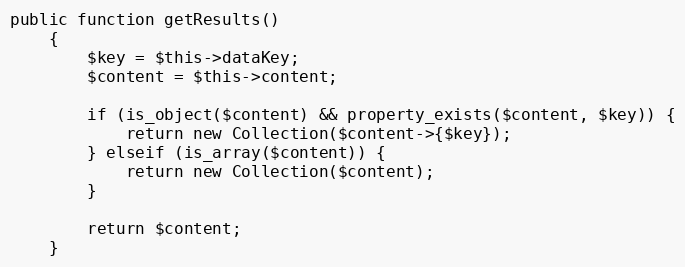
Language: PHP
public function getResults()
    {
        $key = $this->dataKey;
        $content = $this->content;

        if (is_object($content) && property_exists($content, $key)) {
            return new Collection($content->{$key});
        } elseif (is_array($content)) {
            return new Collection($content);
        }

        return $content;
    }